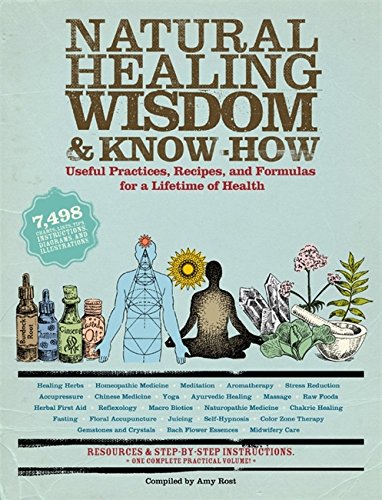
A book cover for Natural Healing Wisdom & Know How: Useful Practices, Recipes, and Formulas for a Lifetime of Health; Health, Fitness & Dieting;